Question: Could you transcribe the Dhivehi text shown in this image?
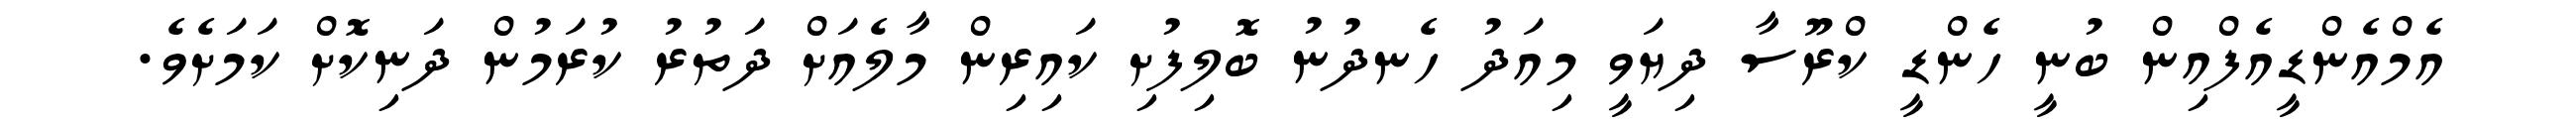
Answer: އެމްއެންޑީއެފްއިން ބުނީ ހެންޑީ ކްރޫސާ ދިޔަވީ މިއަދު ހެނދުނު ބޮލިފުށި ކައިރިން މާލެއަށް ދަތުރު ކުރަމުން ދަނިކޮށް ކަމަށެވެ.